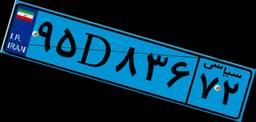
۹۵D۸۳۶۷۲